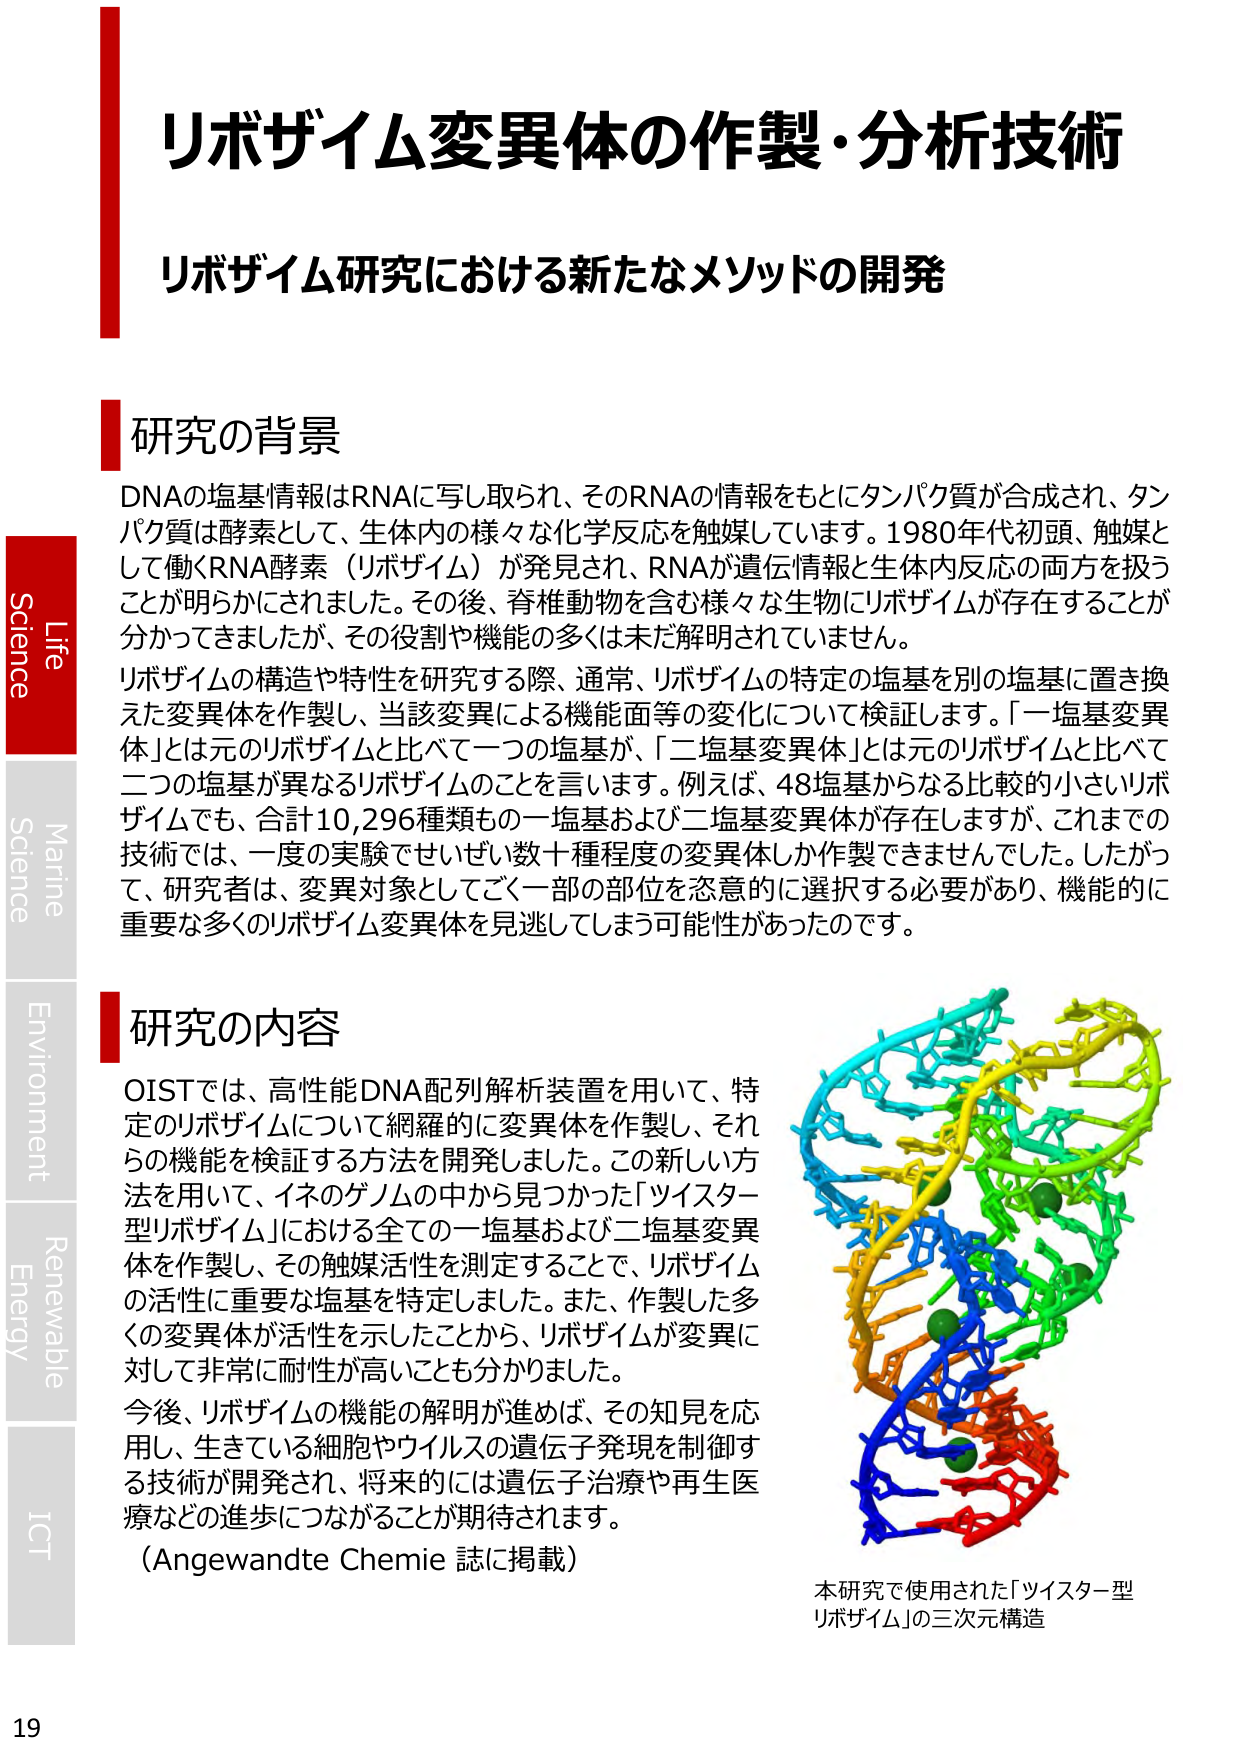
リボザイム変異体の作製・分析技術
リボザイム研究における新たなメソッドの開発

研究の背景
DNAの塩基情報はRNAに写し取られ、そのRNAの情報をもとにタンパク質が合成され、タンパク質は酵素として、生体内の様々な化学反応を触媒しています。1980年代初頭、触媒として働くRNA酵素（リボザイム）が発見され、RNAが遺伝情報と生体内反応の両方を扱うことが明らかにされました。その後、脊椎動物を含む様々な生物にリボザイムが存在することが分かってきましたが、その役割や機能の多くは未だ解明されていません。
リボザイムの構造や特性を研究する際、通常、リボザイムの特定の塩基を別の塩基に置き換えた変異体を作製し、当該変異による機能面等の変化について検証します。「一塩基変異体」とは元のリボザイムと比べて一つの塩基が、「二塩基変異体」とは元のリボザイムと比べて二つの塩基が異なるリボザイムのことを言います。例えば、48塩基からなる比較的小さいリボザイムでも、合計10,296種類もの一塩基および二塩基変異体が存在しますが、これまでの技術では、一度の実験でせいぜい数十種程度の変異体しか作製できませんでした。したがって、研究者は、変異対象としてごく一部の部位を恣意的に選択する必要があり、機能的に重要な多くのリボザイム変異体を見逃してしまう可能性があったのです。

研究の内容
OISTでは、高性能DNA配列解析装置を用いて、特定のリボザイムについて網羅的に変異体を作製し、それらの機能を検証する方法を開発しました。この新しい方法を用いて、イネのゲノムの中から見つかった「ツイスター型リボザイム」における全ての一塩基および二塩基変異体を作製し、その触媒活性を測定することで、リボザイムの活性に重要な塩基を特定しました。また、作製した多くの変異体が活性を示したことから、リボザイムが変異に対して非常に耐性が高いことも分かりました。
今後、リボザイムの機能の解明が進めば、その知見を応用し、生きている細胞やウイルスの遺伝子発現を制御する技術が開発され、将来的には遺伝子治療や再生医療などの進歩につながることが期待されます。
（Angewandte Chemie 誌に掲載）

本研究で使用された「ツイスター型リボザイム」の三次元構造

Life
Science
Marine
Science
Environment
Renewable
Energy
ICT

19